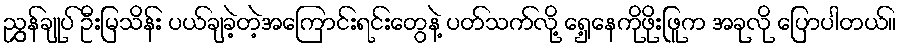
ညွှွှန်ချုပ် ဦးမြသိန်း ပယ်ချခဲ့တဲ့အကြောင်းရင်းတွေနဲ့ ပတ်သက်လို့ ရှေ့နေကိုဖိုးဖြူက အခုလို ပြောပါတယ်။